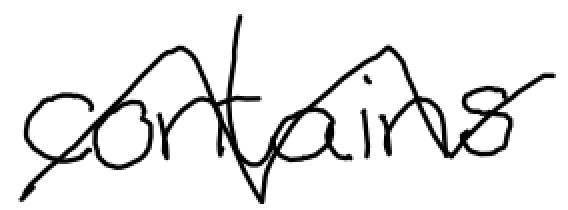
Text: contains
Cross-out: zig-zag
Writing tool: digital_black